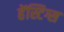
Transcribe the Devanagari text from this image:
हेंस्टिग्स